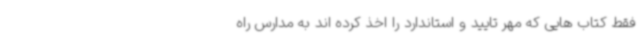
فقط کتاب هایی که مهر تایید و استاندارد را اخذ کرده اند به مدارس راه